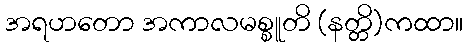
အရဟတော အကာလမစ္စူတိ (နတ္တိ)ကထာ။